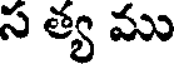
స త్య ము